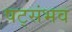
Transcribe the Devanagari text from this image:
षट्संभव